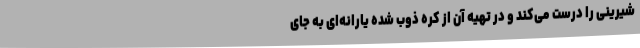
شیرینی را درست می‌کند و در تهیه آن از کره ذوب شده یارانه‌ای به جای